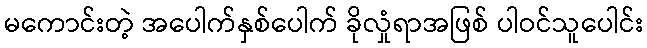
မကောင်းတဲ့ အပေါက်နှစ်ပေါက် ခိုလှုံရာအဖြစ် ပါဝင်သူပေါင်း